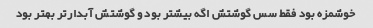
خوشمزه بود فقط سس گوشتش اگه بیشتر بود و گوشتش آبدار‌تر بهتر بود